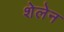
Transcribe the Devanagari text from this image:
शेलेन